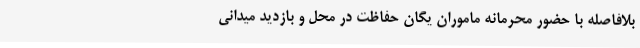
بلافاصله با حضور محرمانه ماموران یگان حفاظت در محل و بازدید میدانی